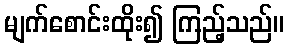
မျက်စောင်းထိုး၍ ကြည့်သည်။